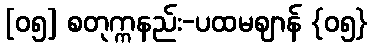
[၀၅] စတုက္ကနည်း-ပထမဈာန် {၀၅}